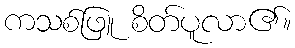
ကသစ်ဖြူ စိတ်ပူလာ၏။